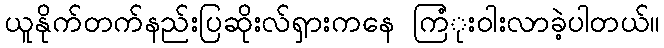
ယူနိုက်တက်နည်းပြဆိုးလ်ရှားကနေ ကြံုးဝါးလာခဲ့ပါတယ်။